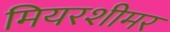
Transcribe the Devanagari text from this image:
मियरशीमर